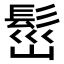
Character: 𩬷